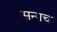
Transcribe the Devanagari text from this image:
सन्गच